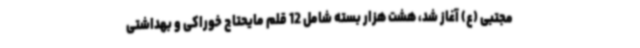
مجتبی (ع) آغاز شد، هشت هزار بسته شامل 12 قلم مایحتاج خوراکی و بهداشتی